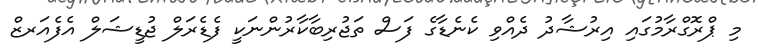
މި ޕްރޮގްރާމުގައި އިރުޝާދު ދެއްވި ކެނެޑާގެ ފަސް ތަޖުރިބާކާރުންނަކީ ފެޑެރަލް ޖުޑީޝަލް އެފެއަރޒް